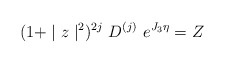
\begin{align*}(1+ \mid z\mid^2)^{2j}~D^{(j)}~e^{J_3 \eta} =Z\end{align*}